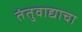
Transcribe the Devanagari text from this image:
तंतुवाद्याचा